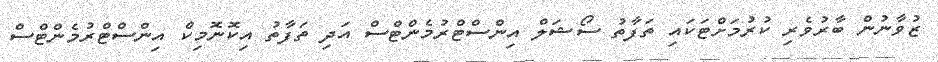
ޒުވާނުން ބާރުވެރި ކުރުމަށްޓަކައި ތަފާތު ސޯޝަލް އިންސްޓްރުމެންޓްސް އަދި ތަފާތު އިކޮނޮމިކް އިންސްޓްރުމެންޓްްސް